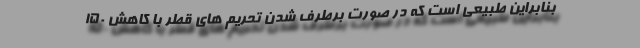
بنابراین طبیعی است که در صورت برطرف شدن تحریم های قطر با کاهش 150